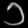
Digit: ၁